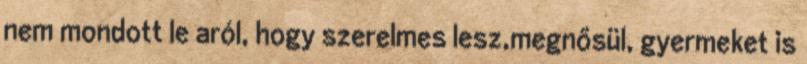
nem mondott le aról, hogy szerelmes lesz,megnősül, gyermeket is